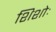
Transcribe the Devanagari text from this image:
शिशोः